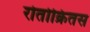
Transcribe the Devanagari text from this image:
रोतोक्रितस